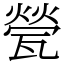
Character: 甇